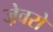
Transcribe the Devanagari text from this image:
जे़वरों